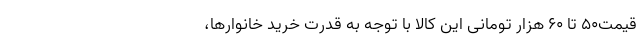
قیمت‌۵۰ تا ۶۰ هزار تومانی این کالا با توجه به قدرت خرید خانوارها،